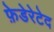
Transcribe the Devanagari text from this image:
फ़ेडेरेटेद